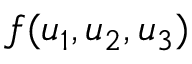
f ( u _ { 1 } , u _ { 2 } , u _ { 3 } )